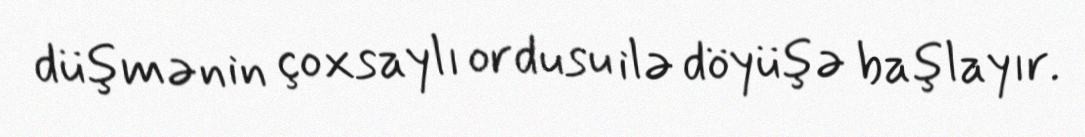
düşmənin çoxsaylı ordusu ilə döyüşə başlayır.